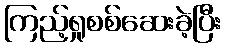
ကြည့်ရှုစစ်ဆေးခဲ့ပြီး